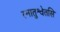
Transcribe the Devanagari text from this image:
स्नातुश्वेतसि